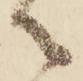
御